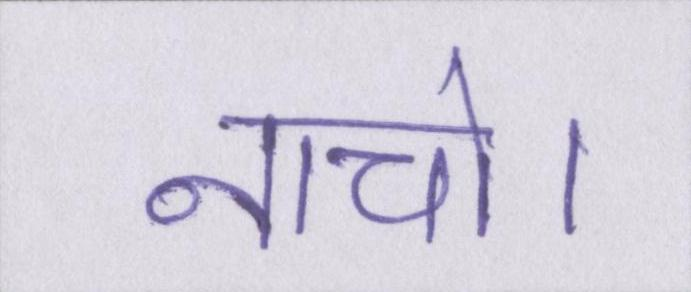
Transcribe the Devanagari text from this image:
नाचो।